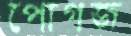
পোগজ